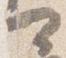
可